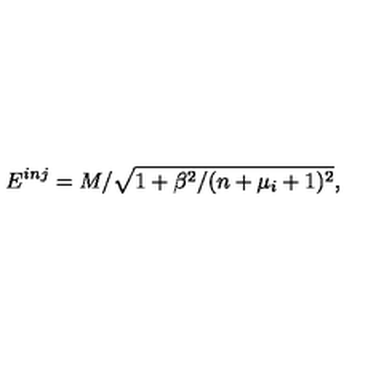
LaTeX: E ^ { i n j } = M / \sqrt { 1 + \beta ^ { 2 } / ( n + \mu _ { i } + 1 ) ^ { 2 } } ,